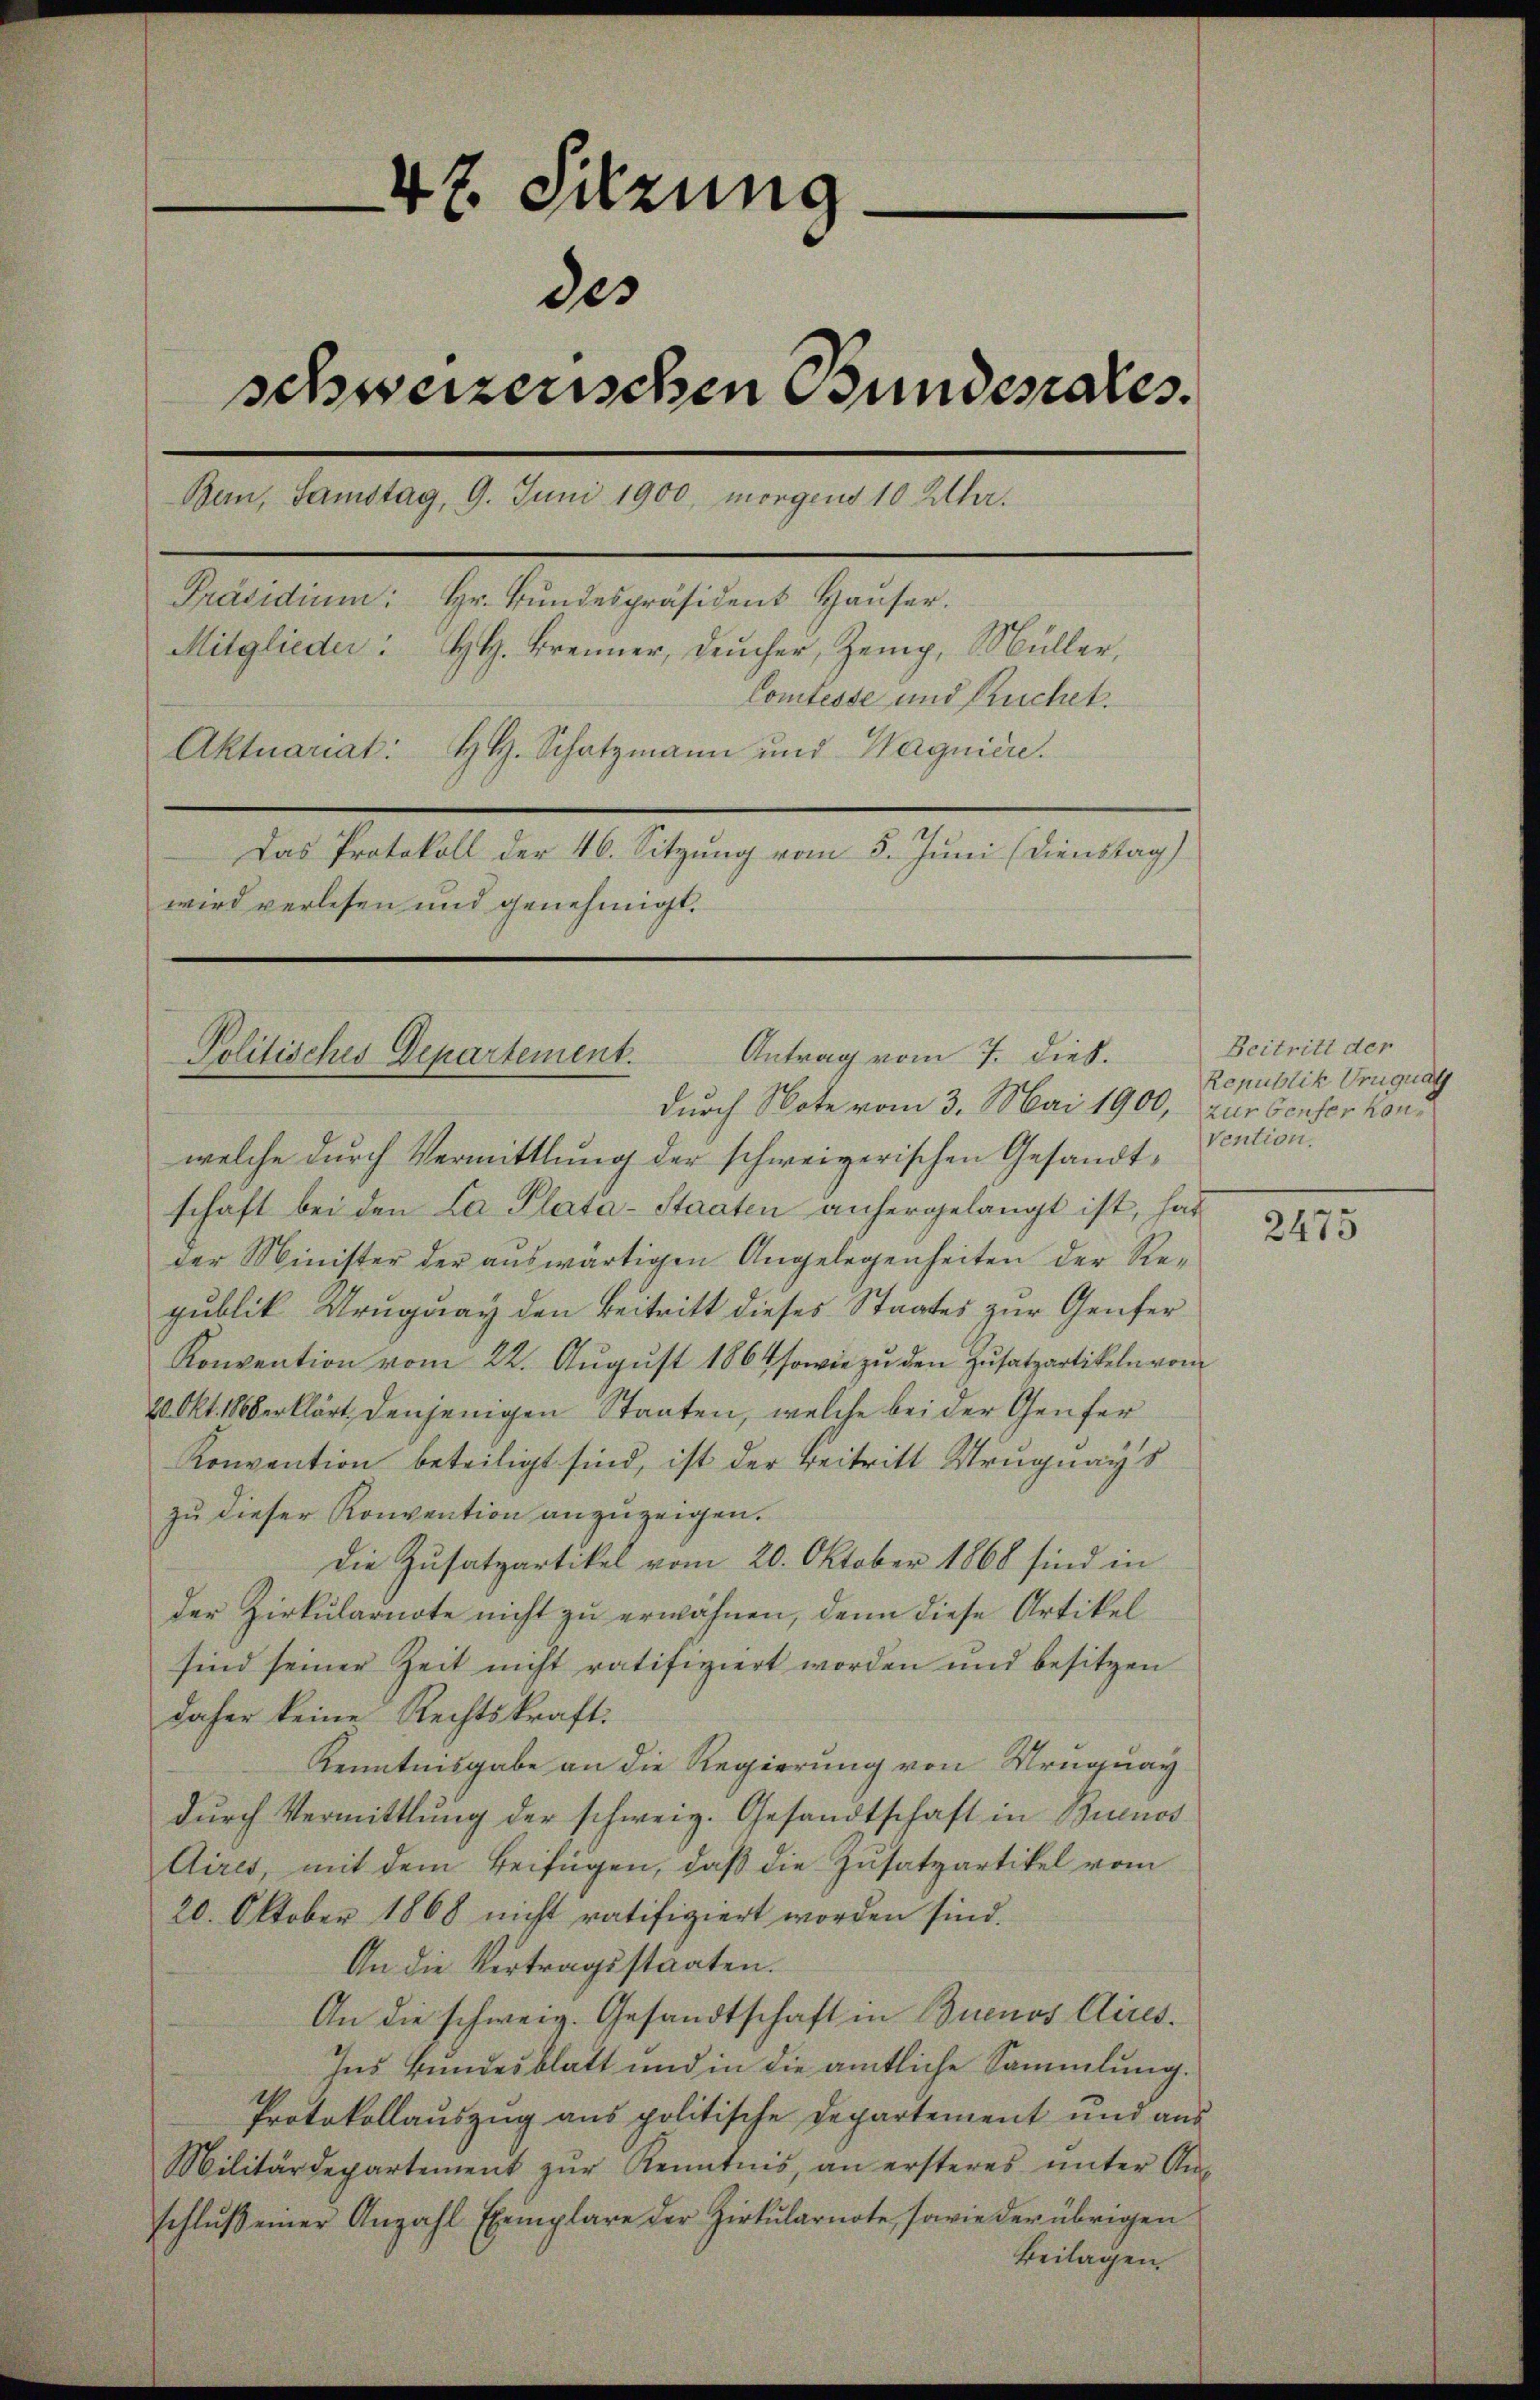
47. Sitzung
des
schweizerischen Fundesrates.
Bern, Samstag, 9. Juni 1900, morgens 10 Uhr.
Präsidium: Hr. Bŭndespräsident Haŭser.
Mitglieder: H. Brenner, Deucher, Zemp, Müller,
Comtesse und Ruchel.
Aktuariat: H. Schatzmann und Wagniere.
Das Protokoll der 46. Sitzung vom 5. Juni (Dienstag)
wird verlesen und genehmigt.

durch Note vom 3. Mai 1900, zur Benfer konwelche durch Vermittlung der schweizerischen Gesandtschaft bei den La Plata-Staaten anhergelangt ist, hat
der Minister der auswärtigen Angelegenheiten der Republik Uruguay den Beitritt dieses Staates zur Genfer¬
Konvention vom 22. Aŭgŭst 1864 sowie zu den Zusatzartikeln vom
20 Okt. Überklärt denjenigen Staaten, welche bei der Genfer
Konvention beteiligt sind, ist der Beitritt Uruguays
zu dieser Konvention anzuzeigen.
Die Zusatzartikel vom 20. Oktober 1868 sind in
der Zirkularnote nicht zu erwähnen, denn diese Artikel
sind seiner Zeit nicht ratifiziert worden und besitzen
daher keine Rechtskraft.
Kenntnisgabe an die Regierung von Mruquay
dŭrch Vermittlung der schweiz. Gesandtschaft in Buenos
Aires, mit dem Beifügen, daß die Zusatzartikel vom
20. Oktober 1868 nicht ratifiziert worden sind.
An die Vertragsstaaten.
An die schweiz. Gesandtschaft in Buenos Aires.
Ins Bundesblatt und in die amtliche Sammlung.
Protokollauszug aus politische Departement und aus
Militärdepartement zŭr Kenntnis, an ersteres ŭnter An-
schlŭβ einer Anzahl Exemplare der Zirkŭlarnote, sowie der übrigen
Beilagen.

Antrag vom 7. Dieb.
Politisches Departement.

Beitritt der
Republik Uruguay
Vention.

2475